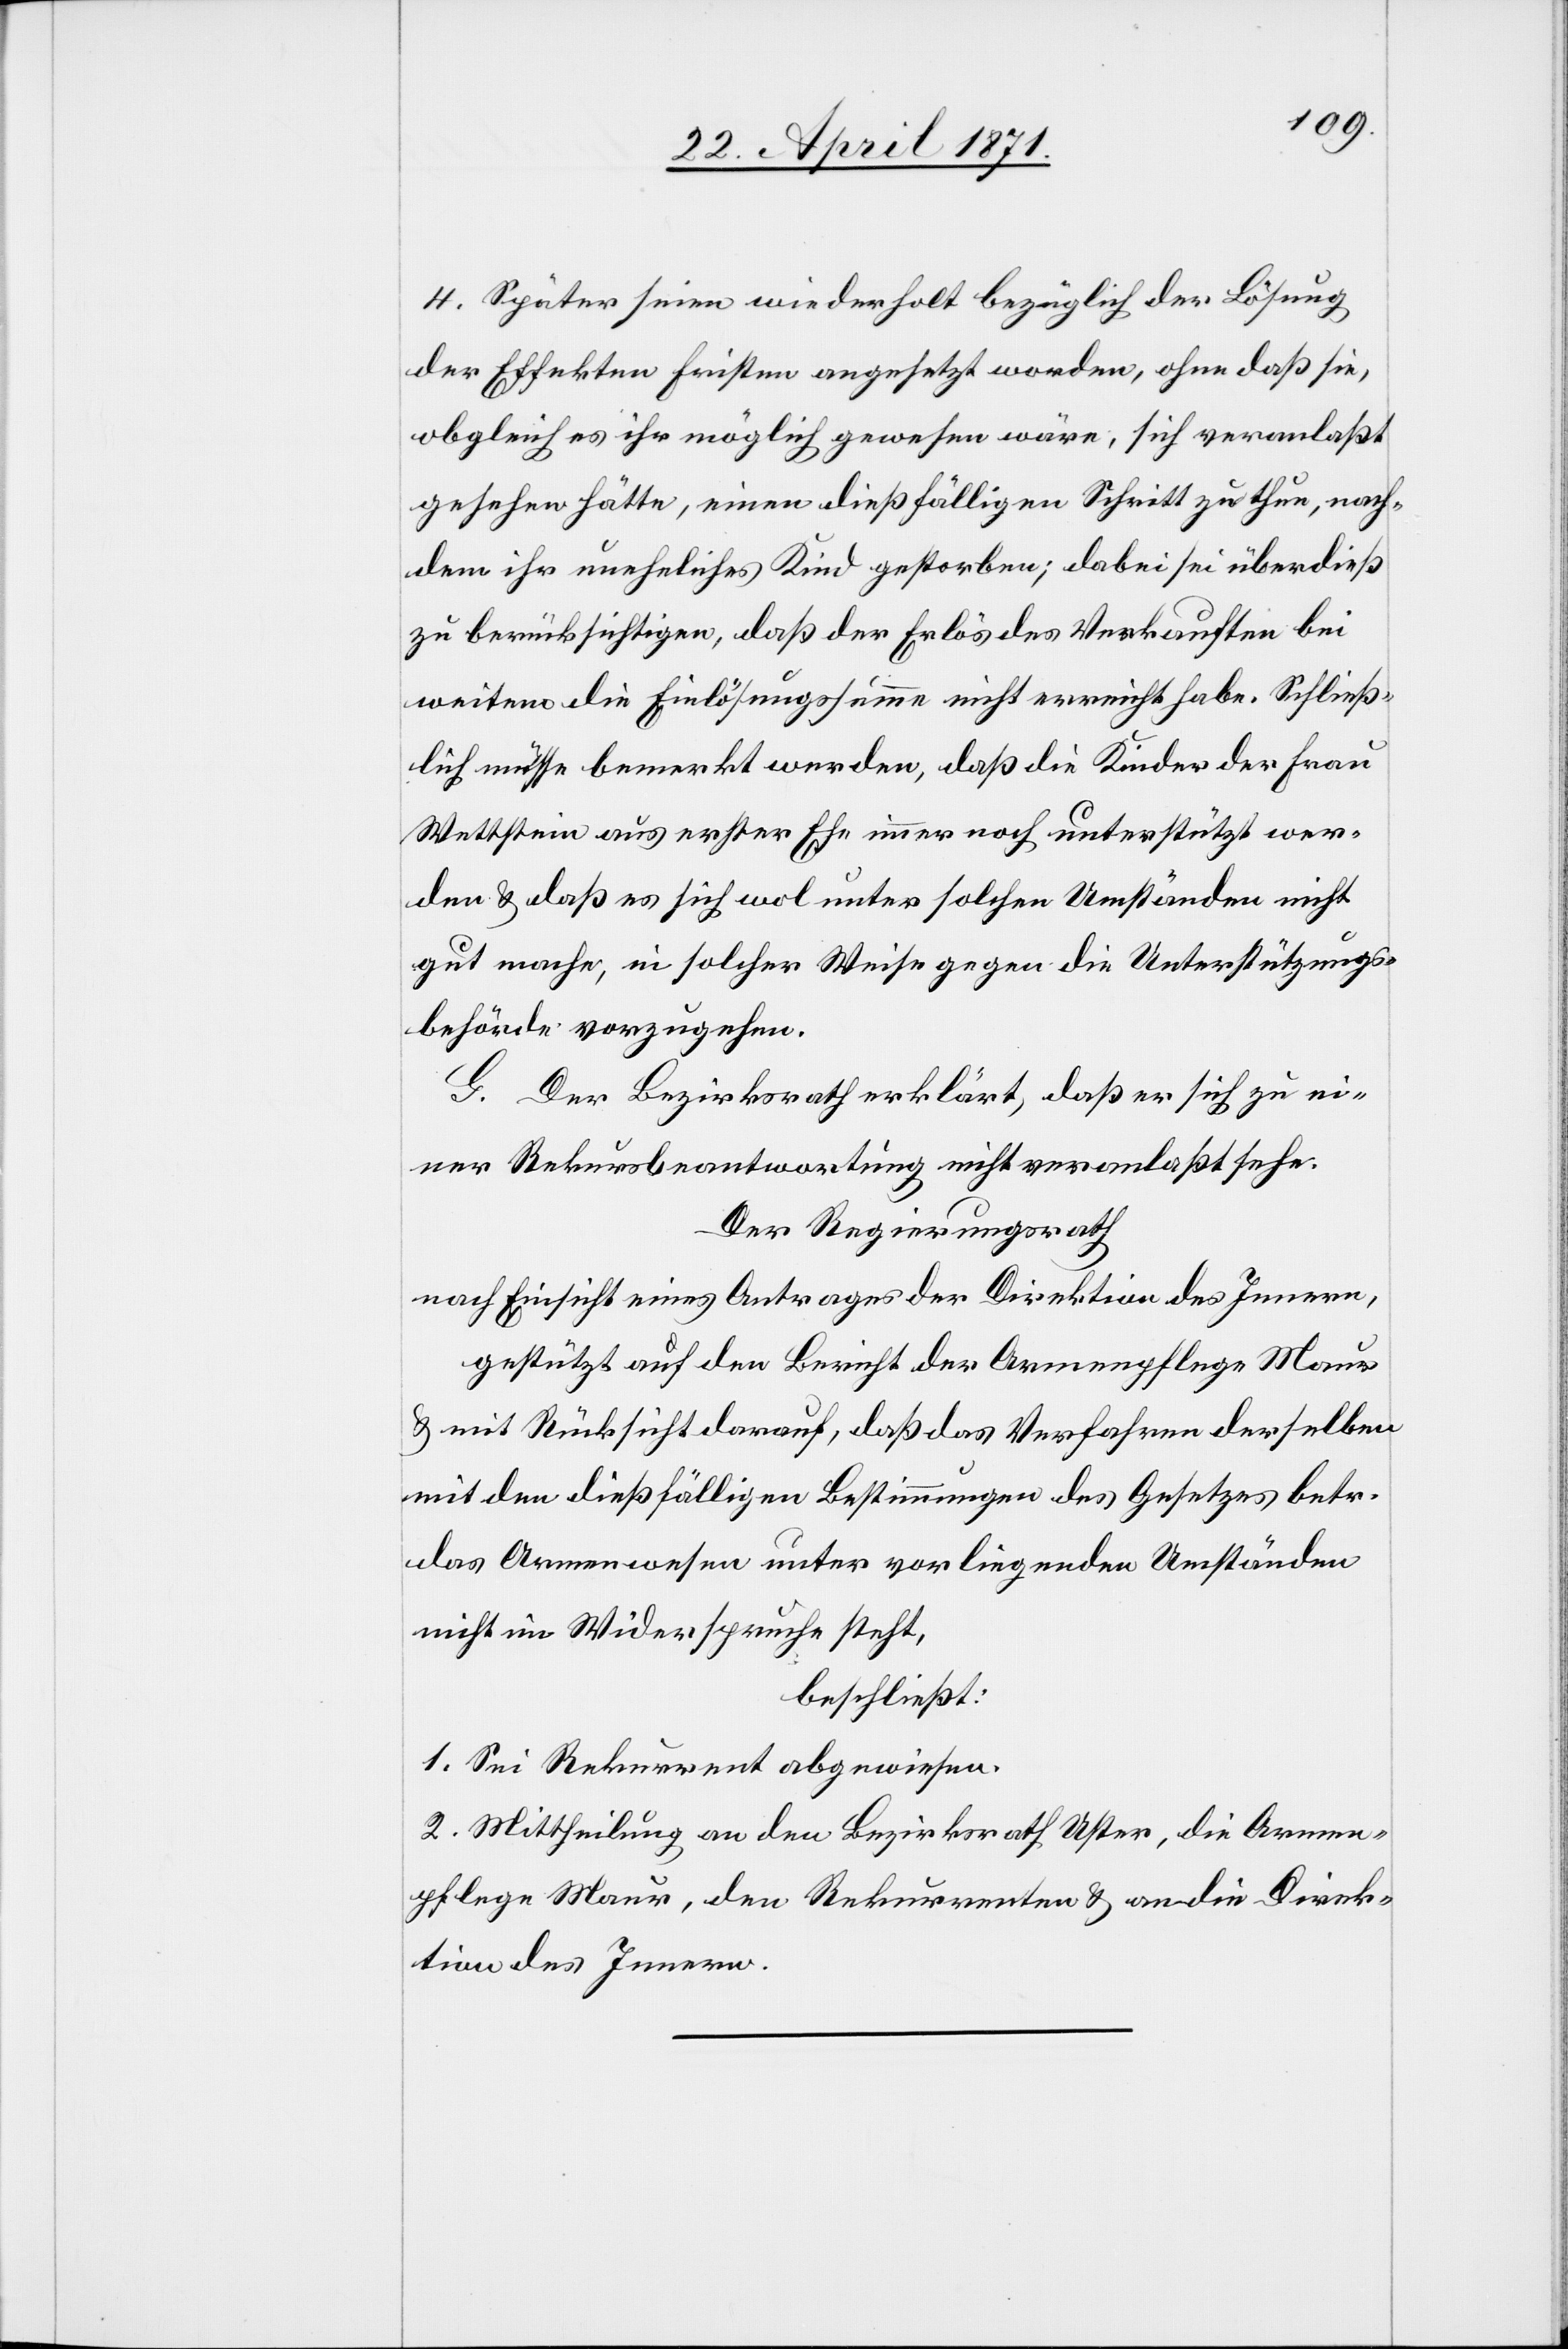
4. Später seien wiederholt bezüglich der Lösung
der Effekten Fristen angesetzt worden, ohne daß sie,
obgleich es ihr möglich gewesen wäre, sich veranlaßt
gesehen hätte, einen dießfälligen Schritt zu thun, nach¬
dem ihr uneheliches Kind gestorben; dabei sei überdieß
zu berücksichtigen, daß der Erlös des Verkauften bei
weitem die Einlösungssumme nicht erreicht habe. Schließ¬
lich müsse bemerkt werden, daß die Kinder der Frau
Wettstein aus erster Ehe immer noch unterstützt wer¬
den u. daß es sich wol unter solchen Umständen nicht
gut mache, in solcher Weise gegen die Unterstützungs¬
behörde vorzugehen.
G. Der Bezirksrath erklärt, daß er sich zu ei¬
ner Rekursbeantwortung nicht veranlaßt sehe.
Der Regierungsrath
nach Einsicht eines Antrages der Direktion des Innern,
gestützt auf den Bericht der Armenpflege Maur
u. mit Rücksicht darauf, daß das Verfahren derselben
mit den dießfälligen Bestimmungen des Gesetzes betr.
das Armenwesen unter vorliegenden Umständen
nicht im Widerspruche steht,
beschließt:
1. Sei Rekurrent abgewiesen.
2. Mittheilung an den Bezirksrath Uster, die Armen¬
pflege Maur, den Rekurrenten u. an die Direk¬
tion des Innern.